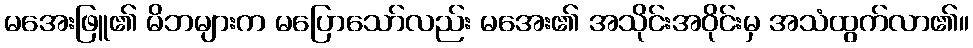
မအေးဖြူ၏ မိဘများက မပြောသော်လည်း မအေး၏ အသိုင်းအဝိုင်းမှ အသံထွက်လာ၏။